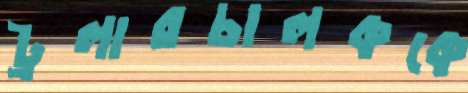
ট্রলারচালককে